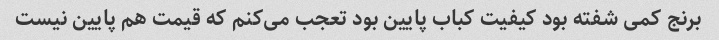
برنج کمی شفته بود کیفیت کباب پایین بود تعجب می‌کنم که قیمت هم پایین نیست